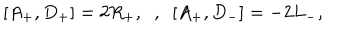
[ A _ { + } , D _ { + } ] = 2 R _ { + } , \; \; , \; \ [ A _ { + } , D _ { - } ] = - 2 L _ { - } ,